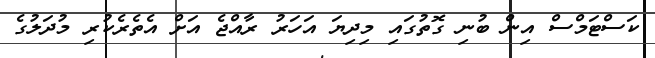
ކަސްޓަމްސް އިން ބުނި ގޮތުގައި މިދިޔަ އަހަރު ރާއްޖެ އަށް އެތެރެކުރި މުދަލުގެ